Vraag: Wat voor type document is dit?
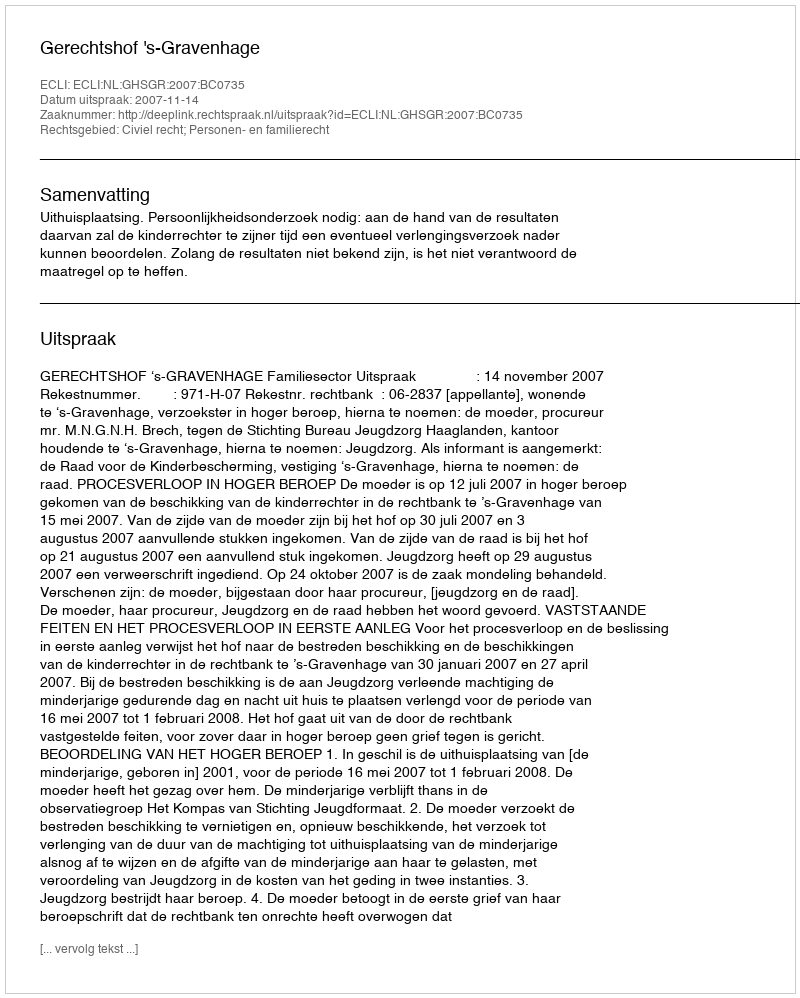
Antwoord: Uitspraak